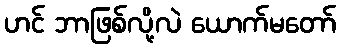
ဟင် ဘာဖြစ်လို့လဲ ယောက်မတော်